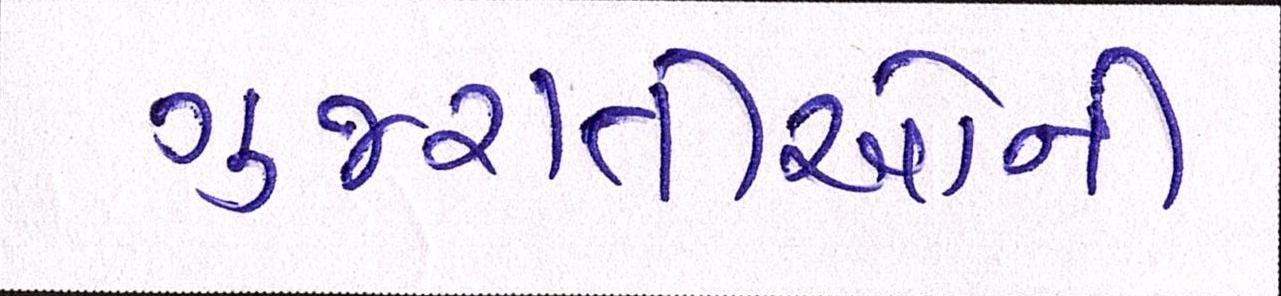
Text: ગુજરાતીઓની